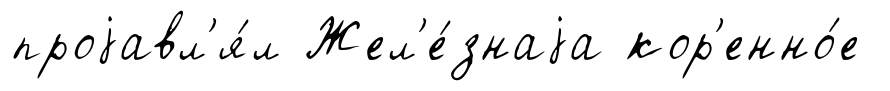
проjавл'я́л Жел'е́знаjа кор'енно́е